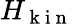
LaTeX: H_{\mathrm{~k~i~n~}}